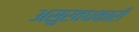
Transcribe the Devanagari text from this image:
असुरवधकारी